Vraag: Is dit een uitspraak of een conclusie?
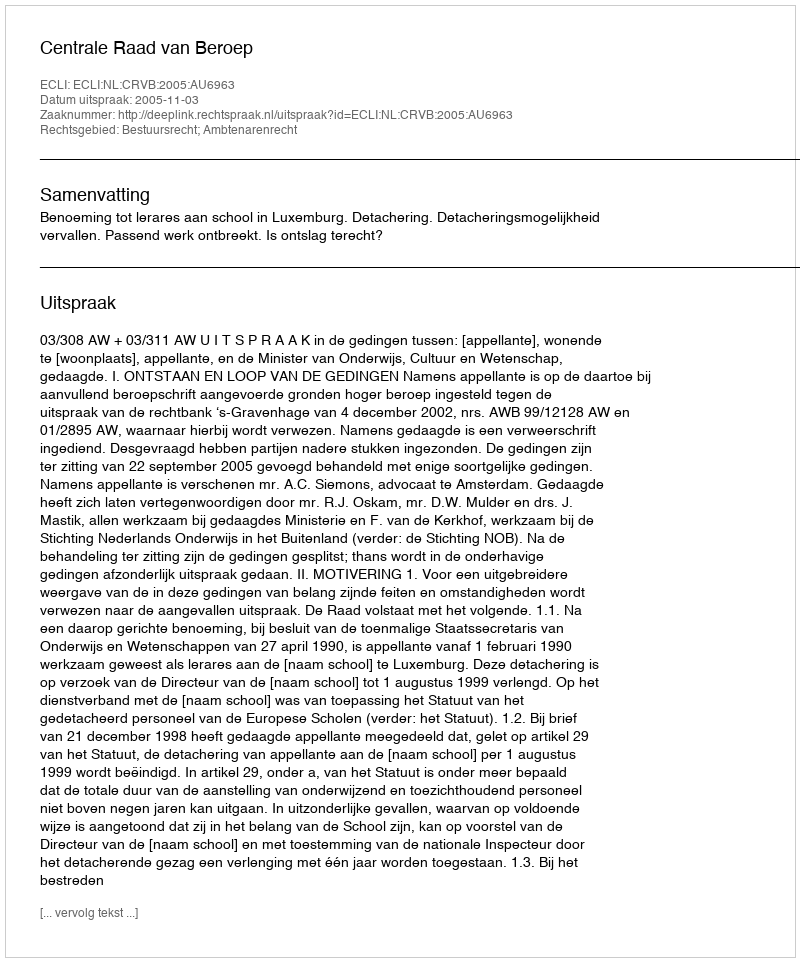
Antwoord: Uitspraak